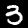
Label: 3